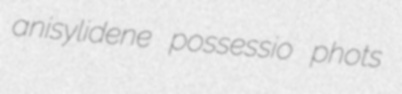
anisylidene possessio phots